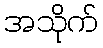
အသိုက်